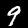
Digit: 9